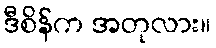
ဒီစိန်က အတုလား။